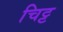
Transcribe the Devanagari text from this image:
चिट्ट